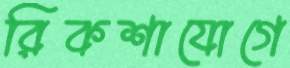
রিকশাযোগে